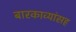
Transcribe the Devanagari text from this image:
बारकाव्यांसह